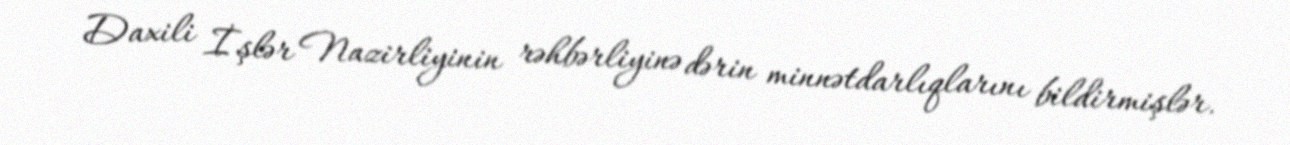
Daxili İşlər Nazirliyinin rəhbərliyinə dərin minnətdarlıqlarını bildirmişlər.